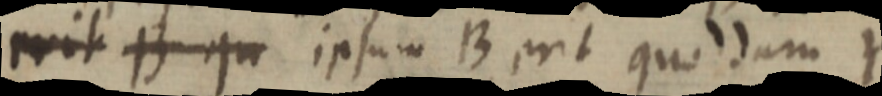
erit B qu ipsum B erit quoddam Y